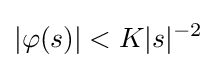
|\varphi (s)|<K|s|^{-2}